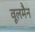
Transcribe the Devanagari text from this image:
वूलमैन